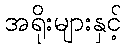
အရိုးများနှင့်